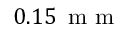
0 . 1 5 \, \mathrm { ~ m ~ m ~ }